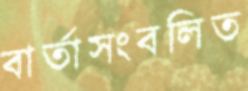
বার্তাসংবলিত